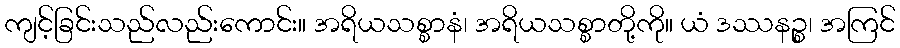
ကျင့်ခြင်းသည်လည်းကောင်း။ အရိယသစ္စာနံ၊ အရိယသစ္စာတို့ကို။ ယံ ဒဿနဉ္စ၊ အကြင်